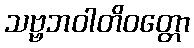
သဗ္ဗဘဝါတိဝတ္တော